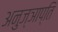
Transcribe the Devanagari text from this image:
अनुज्ञाप्ति